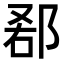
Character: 𨛠